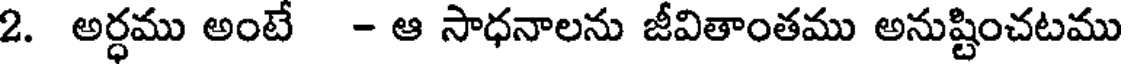
2. అర్ధము అంటే - ఆ సాధనాలను జీవితాంతము అనుష్టించటము